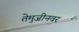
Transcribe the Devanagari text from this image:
तेमुजीनवर